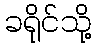
ခရိုင်သို့